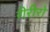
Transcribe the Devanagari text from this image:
रीरीरो